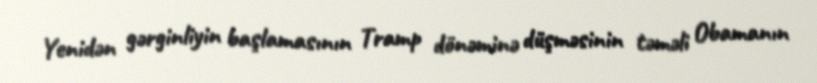
Yenidən gərginliyin başlamasının Tramp dönəminə düşməsinin təməli Obamanın